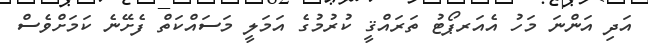
އަދި އަންނަ މަހު އެއަރޕޯޓު ތަރައްޤީ ކުރުމުގެ އަމަލީ މަސައްކަތް ފެށޭނެ ކަމަށްވެސް